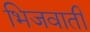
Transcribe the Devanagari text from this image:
भिजवाती